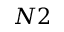
N 2